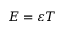
E = \varepsilon T